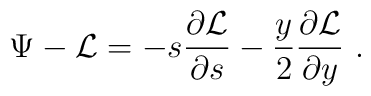
\Psi- {\cal L}=-s{\partial{\cal L}\over\partial s} -{y\over 2}{\partial{\cal L}\over\partial y}\ .